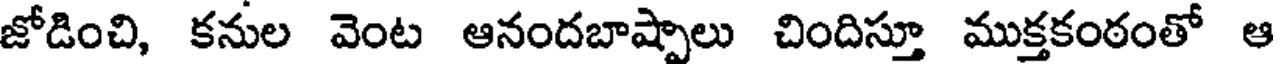
జోడించి, కనుల వెంట ఆనందబాష్పాలు చిందిస్తూ ముక్తకంఠంతో ఆ